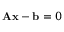
\mathbf { A x } - \mathbf { b } = 0